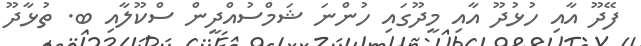
ފޭދޫ އާއި ހުޅުދޫ އާއި މީދޫގައި ހުންނަ ޝަމްސުއްދީން ސްކޫލާއި ބ. ތުޅާދޫ